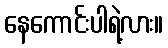
နေကောင်းပါရဲ့လား။